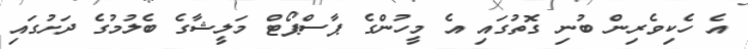
އެ ހެކިވެރިން ބުނި ގޮތުގައި އެ މީހުންގެ ޕާސްޕޯޓް މަލީޝާގެ ބެލުމުގެ ދަށުގައި